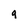
Character: g